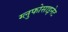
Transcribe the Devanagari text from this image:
ग्लुफोसाइनेट